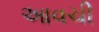
આવચી